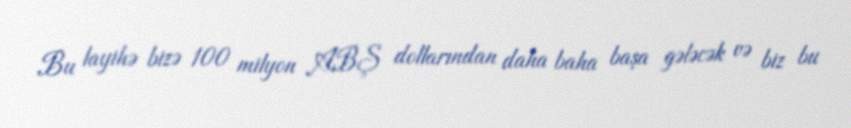
Bu layihə bizə 100 milyon ABŞ dollarından daha baha başa gələcək və biz bu